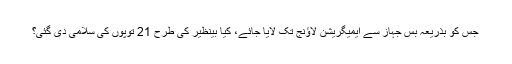
جس کو بذریعہ بس جہاز سے ایمیگریشن لاؤنج تک لایا جائے، کیا بینظیر کی طرح 21 توپوں کی سلامی دی گئی؟